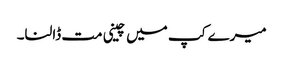
میرے کپ میں چینی مت ڈالنا۔